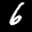
Label: 6